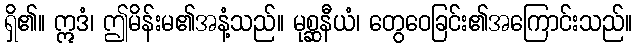
ရှိ၏။ ဣဒံ၊ ဤမိန်းမ၏အနံ့သည်။ မုစ္ဆနီယံ၊ တွေဝေခြင်း၏အကြောင်းသည်။